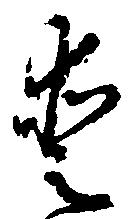
愛